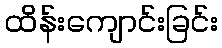
ထိန်းကျောင်းခြင်း